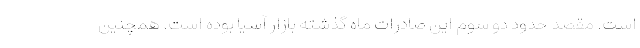
است. مقصد حدود دو سوم این صادرات ماه گذشته بازار آسیا بوده است. همچنین